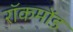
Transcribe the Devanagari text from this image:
रॉकमोंड